Annual administration report of the Civil Veterinary Department of India - 1908-1909
Year: 1908
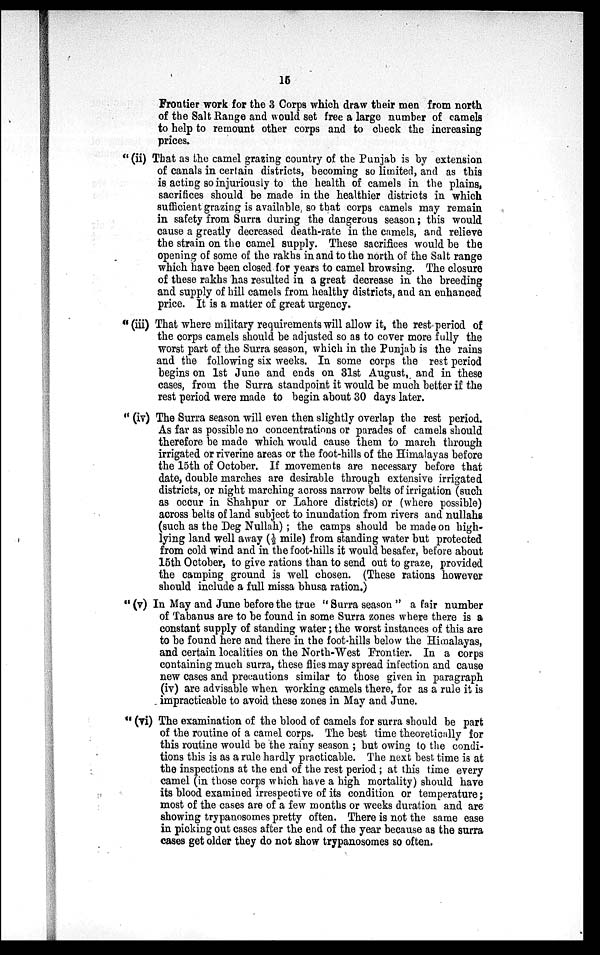
15
Frontier work for the 3 Corps which draw their men from north
of the Salt Range and would set free a large number of camels
to help to remount other corps and to check the increasing
prices.
"(ii) That as the camel grazing country of the Punjab is by extension
of canals in certain districts, becoming so limited, and as this
is acting so injuriously to the health of camels in the plains,
sacrifices should be made in the healthier districts in which
sufficient grazing is available, so that corps camels may remain
in safety from Surra during the dangerous season; this would
cause a greatly decreased death-rate in the camels, and relieve
the strain on the camel supply. These sacrifices would be the
opening of some of the rakhs in and to the north of the Salt range
which have been closed for years to camel browsing. The closure
of these rakhs has resulted in a great decrease in the breeding
and supply of hill camels from healthy districts, and an enhanced
price. It is a matter of great urgency.
"(iii) That where military requirements will allow it, the rest period of
the corps camels should be adjusted so as to cover more fully the
worst part of the Surra season, which in the Punjab is the rains
and the following six weeks. In some corps the rest period
begins on 1st June and ends on 31st August, and in these
cases, from the Surra standpoint it would be much better if the
rest period were made to begin about 30 days later.
"(iv) The Surra season will even then slightly overlap the rest period.
As far as possible no concentrations or parades of camels should
therefore be made which would cause them to march through
irrigated or riverine areas or the foot-hills of the Himalayas before
the 15th of October. If movements are necessary before that
date, double marches are desirable through extensive irrigated
districts, or night marching across narrow belts of irrigation (such
as occur in Shahpur or Lahore districts) or (where possible)
across belts of land subject to inundation from rivers and nullahs
(such as the Deg Nullah); the camps should be made on high-
lying land well away (1/2 mile) from standing water but protected
from cold wind and in the foot-hills it would besafer, before about
15th October, to give rations than to send out to graze, provided
the camping ground is well chosen. (These rations however
should include a full missa bhusa ration.)
"(v) In May and June before the true "Surra season" a fair number
of Tabanus are to be found in some Surra zones where there is a
constant supply of standing water; the worst instances of this are
to be found here and there in the foot-hills below the Himalayas,
and certain localities on the North-West Frontier. In a corps
containing much surra, these flies may spread infection and cause
new cases and precautions similar to those given in paragraph
(iv) are advisable when working camels there, for as a rule it is
impracticable to avoid these zones in May and June.
"(vi) The examination of the blood of camels for surra should be part
of the routine of a camel corps. The best time theoretically for
this routine would be the rainy season; but owing to the condi-
tions this is as a rule hardly practicable. The next best time is at
the inspections at the end of the rest period; at this time every
camel (in those corps which have a high mortality) should have
its blood examined irrespective of its condition or temperature;
most of the cases are of a few months or weeks duration and are
showing trypanosomes pretty often. There is not the same ease
in picking out cases after the end of the year because as the surra
cases get older they do not show trypanosomes so often.